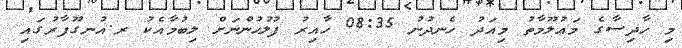
މި ހާދިސާގެ މަޢުލޫމާތު މިއަދު ހެނދުނު 08:35 ހާއިރު ފުލުހުންނަށް ލިބުމާއެކު ރ.އުނގޫފާރުގައި